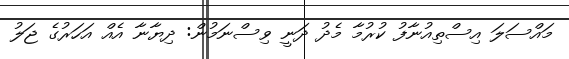
މައްސަލަ އިސްތިއުނާފު ކުރުމާ މެދު ދަނީ ވިސްނަމުން: ދިޔާނާ އެއް އަހަރުގެ ޖަލު